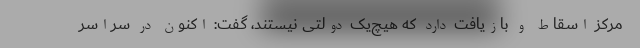
مرکز اسقاط و بازیافت دارد که هیچ‌یک دولتی نیستند، گفت: اکنون در سراسر